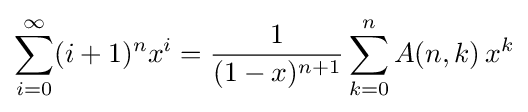
\sum _{i=0}^{\infty }(i+1)^{n}x^{i}={\frac {1}{(1-x)^{n+1}}}\sum _{k=0}^{n}A(n,k)\,x^{k}